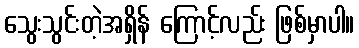
သွေးသွင်းတဲ့အရှိန် ကြောင့်လည်း ဖြစ်မှာပါ။